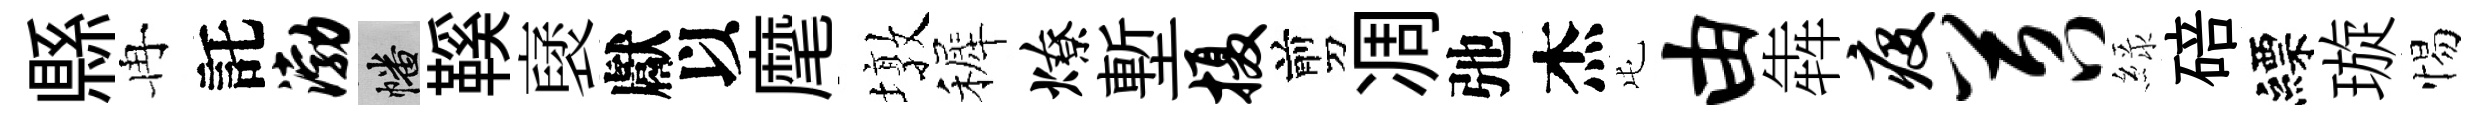
縣冉託渤幡鞵裦獻以麾墩裤燎塹摄剪凋弛杰屯由犇疫苕緑碚縹璇惕